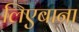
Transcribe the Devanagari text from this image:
लिएबाना